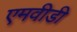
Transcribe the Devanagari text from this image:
एमवीडी